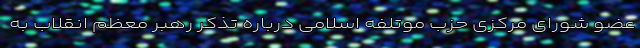
عضو شورای مرکزی حزب موتلفه اسلامی درباره تذکر رهبر معظم انقلاب به